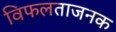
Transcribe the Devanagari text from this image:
विफलताजनक